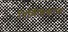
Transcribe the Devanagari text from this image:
निर्मितिकाळ